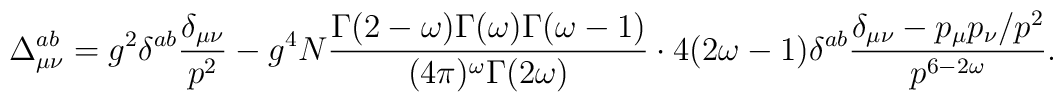
\Delta^{ab}_{\mu\nu}=g^2\delta^{ab} \frac{\delta_{\mu\nu}}{p^2}-g^4N\frac{\Gamma(2-\omega) \Gamma(\omega)\Gamma(\omega-1)}{(4\pi)^{\omega}\Gamma(2\omega)}\cdot 4(2\omega-1)\delta^{ab}\frac{\delta_{\mu\nu}-p_\mu p_\nu/p^2}{p^{6-2\omega}}.